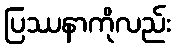
ပြဿနာကိုလည်း